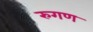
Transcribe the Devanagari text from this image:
रुगण